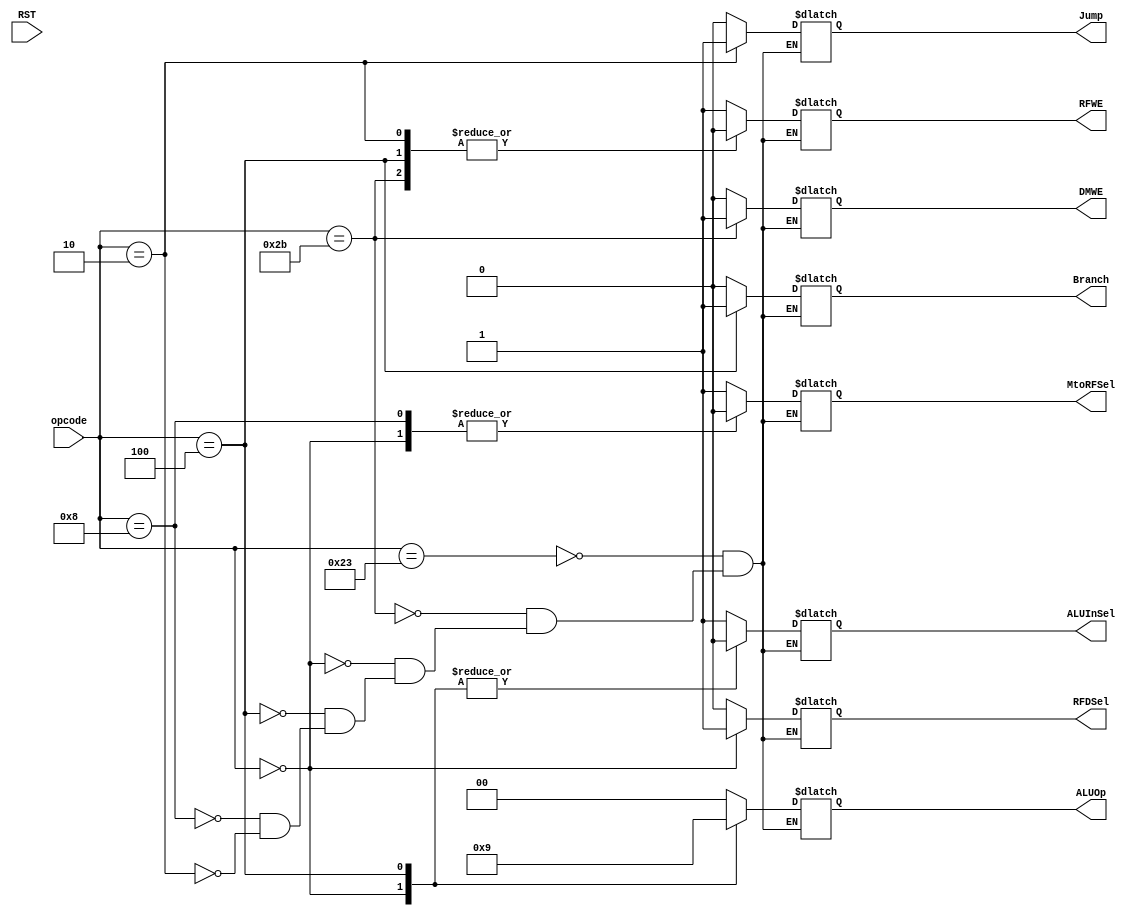
`timescale 1ns / 1ps
//////////////////////////////////////////////////////////////////////////////////
// Company: 
// Engineer: 
// 
// Design Name: 
// Module Name: Control_Unit
// Project Name: 
// Target Devices: 
// Tool Versions: 
// Description: 
// 
// Dependencies: 
// 
// Revision:
// Revision 0.01 - File Created
// Additional Comments:
// 
//////////////////////////////////////////////////////////////////////////////////


/// CONTROL UNIT ///

module Control_Unit(
input RST,
input [5 : 0] opcode, //6-bits opcode
output reg MtoRFSel,DMWE,Branch,ALUInSel,RFDSel,RFWE,Jump,
output reg [1 : 0] ALUOp
);
 
always @(opcode) begin
/*
    if(RST == 1'b1)begin
             MtoRFSel = 1'b1;
            DMWE = 1'b0;
            Branch = 1'b0;
            ALUInSel = 1'b1;
            RFDSel = 1'b0;
            RFWE = 1'b1;
            ALUOp = 2'b00;
            Jump = 1'b0;
    end
    
    else begin
    */
    case(opcode)
        
        6'b100011: begin    //LOAD WORD (LW)
            MtoRFSel = 1'b1;
            DMWE = 1'b0;
            Branch = 1'b0;
            ALUInSel = 1'b1;
            RFDSel = 1'b0;
            RFWE = 1'b1;
            ALUOp = 2'b00;
            Jump = 1'b0;
        end
        
        6'b101011: begin    //STORE WORD (SW)
            MtoRFSel = 1'bx;
            DMWE = 1'b1;
            Branch = 1'b0;
            ALUInSel = 1'b1;
            RFDSel = 1'bx;
            RFWE = 1'b0;
            ALUOp = 2'b00;
            Jump = 1'b0;
        end
        
        6'b000000: begin    //R-TYPE
            MtoRFSel = 1'b0;
            DMWE = 1'b0;
            Branch = 1'b0;
            ALUInSel = 1'b0;
            RFDSel = 1'b1;
            RFWE = 1'b1;
            ALUOp = 2'b10;
            Jump = 1'b0;
        end
        
        6'b000100: begin    //BEQ INSTRUCTION: compares rs and rt. If rs = rt, it takes the branch by adding sign extended offset Simm to PC.
            MtoRFSel = 1'bx;
            DMWE = 1'b0;
            Branch = 1'b1;
            ALUInSel = 1'b0;
            RFDSel = 1'bx;
            RFWE = 1'b0;
            ALUOp = 2'b01;
            Jump = 1'b0;
        end
        
        6'b001000: begin    //addi
            MtoRFSel = 1'b0;
            DMWE = 1'b0;
            Branch = 1'b0;
            ALUInSel = 1'b1;
            RFDSel = 1'b0;
            RFWE = 1'b1;
            ALUOp = 2'b00;
            Jump = 1'b0;
        end
        
        6'b000010: begin    //JUMP INSTRUCTION
            MtoRFSel = 1'bx;
            DMWE = 1'b0;
            Branch = 1'bx;
            ALUInSel = 1'bx;
            RFDSel = 1'bx;
            RFWE = 1'b0;
            ALUOp = 2'bxx;
            Jump = 1'b1;
        end
    endcase
    //end

end //end of always


endmodule